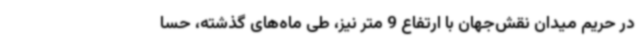
در حریم میدان نقش‌جهان با ارتفاع 9 متر نیز، طی ماه‌های گذشته، حسا